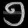
Digit: ၅